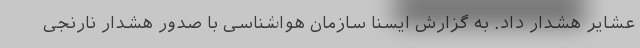
عشایر هشدار داد. به گزارش ایسنا سازمان هواشناسی با صدور هشدار نارنجی